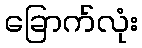
ခြောက်လုံး